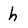
Character: h